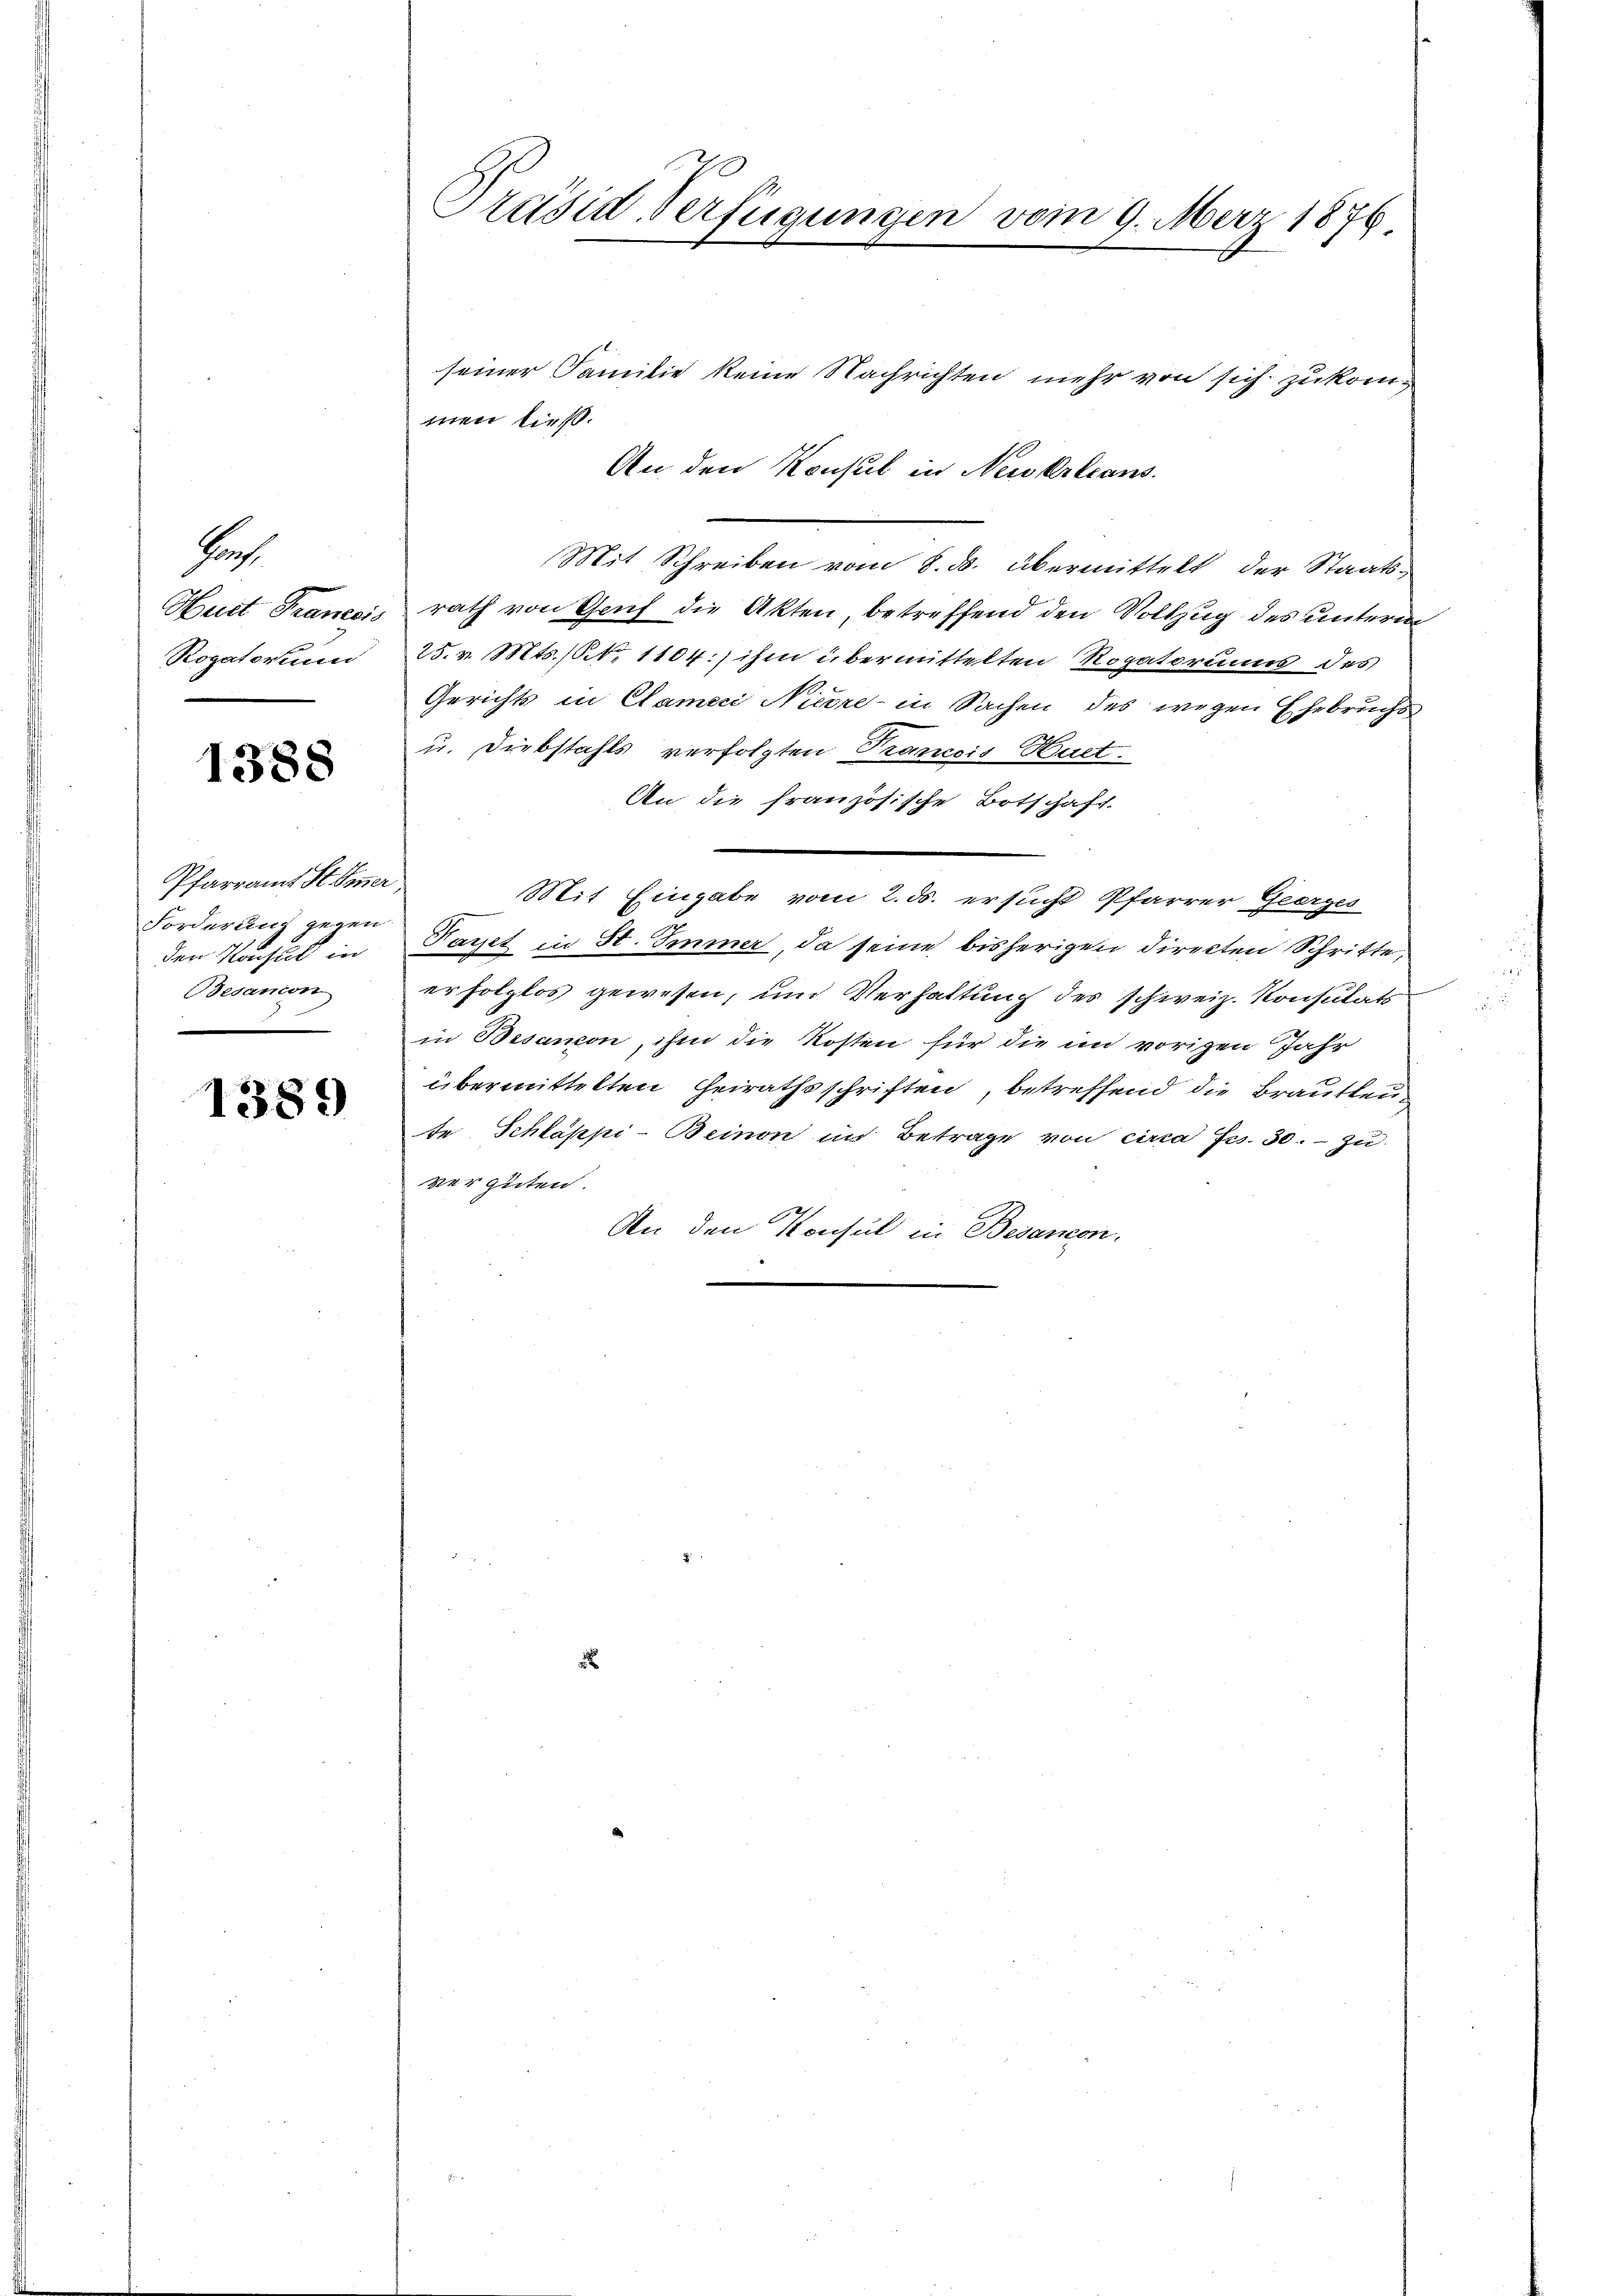
Forch
Hudt Franecis
Rogatorum

1388

Pfarramt St. Omer
Forderung gegen
den Konsul in
Besanon

1389

Präsid-Verfügungen vom 9. März 1876.

seiner Familie keine Nachrichten mehr von sich zukommen ließ.
An den Konsul in Neukrleans
Mit Schreiben vom 8. ds. übermittelt der Staats-
rath von Gruf die Akten, betreffend den Vollzug des unterm
25. v. Mts. S. 1104:) ihm übermittelten Rogatorums des
Gerichts in Clameci Nicore in Sachen des wegen Ehebruchs
u. Diebstahls verfolgten Trancois Huet.
An die französische Botschaft.
Mit Eingabe vom 2. ds. ersucht Pfarrer Geerges
Taret in St. Immer, da seine bisherigen direkten Schritte,
erfolglos gewesen, und Verhaltung des schweiz. Konsulats
in Besanon, ihm die Kosten für die im vorigen Jahr
übermittelten Heirathsschriften, betreffend die Brautleute Schlappi-Beinon im Betrage von circa Fr. 30. zu
vergüten.
An den Konsul in Besaneon.